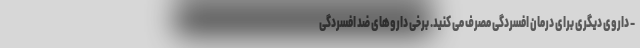
- داروی دیگری برای درمان افسردگی مصرف می کنید. برخی داروهای ضد افسردگی